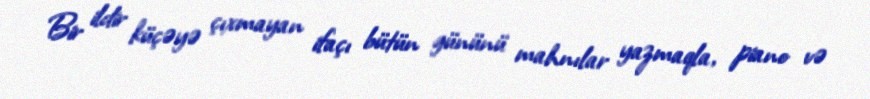
Bir ildir küçəyə çıxmayan ifaçı bütün gününü mahnılar yazmaqla, piano və